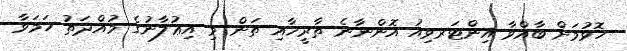
ހޮވުމަށް ބާއްވާ އިންޓަރވިއު އޮންނާނެ ތާރީޚާއި ތަން މި އިޢުލާނުގެ މުއްދަތު ހަމަވާ